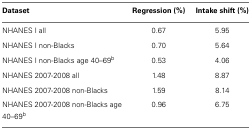
| Dataset | Regression (%) | Intake shift (%) |
 | --- | --- | --- |
 | NHANES I all | 0.67 | 5.95 |
 | NHANES I non-Blacks | 0.70 | 5.64 |
 | NHANES I non-Blacks age 40–69b | 0.53 | 4.06 |
 | NHANES 2007-2008 all | 1.48 | 8.87 |
 | NHANES 2007-2008 non-Blacks | 1.59 | 8.14 |
 | NHANES 2007-2008 non-Blacks age 40–69b | 0.96 | 6.75 |